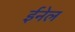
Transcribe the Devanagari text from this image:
ईनेल